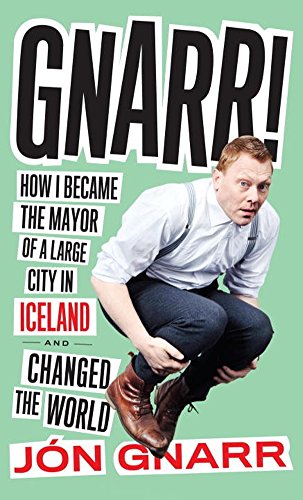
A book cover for Gnarr! How I Became the Mayor of a Large City in Iceland and Changed the World; JÃ³n Gnarr; Travel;